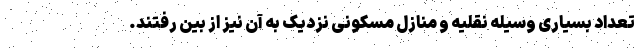
تعداد بسیاری وسیله نقلیه و منازل مسکونی نزدیک به آن نیز از بین رفتند.